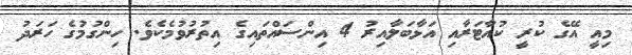
މިއީ އޭގެ ކުރީ ކުއާޓަރާއި އަޅާބަލާއިރު 4 އިންސައްތައިގެ އިތުރުވުމެކެވެ. ހިންގުމުގެ ހަރަދު